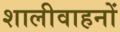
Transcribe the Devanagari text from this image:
शालीवाहनों